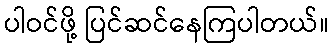
ပါဝင်ဖို့ ပြင်ဆင်နေကြပါတယ်။